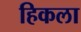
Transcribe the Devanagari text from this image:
हिकला